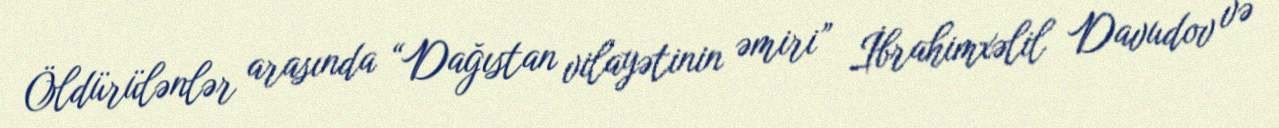
Öldürülənlər arasında “Dağıstan vilayətinin əmiri” İbrahimxəlil Davudov və